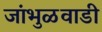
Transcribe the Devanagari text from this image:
जांभुळवाडी